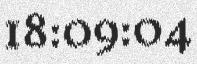
18:09:04